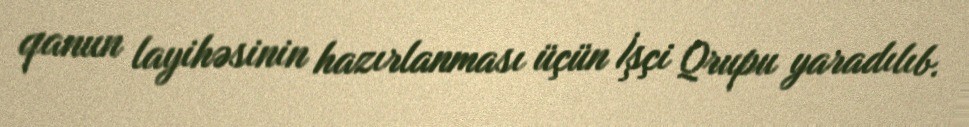
qanun layihəsinin hazırlanması üçün İşçi Qrupu yaradılıb.